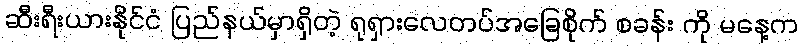
ဆီးရီးယားနိုင်ငံ ပြည်နယ်မှာရှိတဲ့ ရုရှားလေတပ်အခြေစိုက် စခန်း ကို မနေ့က